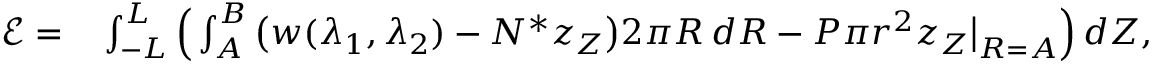
\begin{array} { r l } { \mathcal { E } = } & { { } \int _ { - L } ^ { L } \Big ( \int _ { A } ^ { B } \big ( w ( \lambda _ { 1 } , \lambda _ { 2 } ) - N ^ { * } z _ { Z } \big ) 2 \pi R \, d R - P \pi r ^ { 2 } z _ { Z } \big | _ { R = A } \Big ) \, d Z , } \end{array}